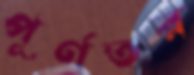
পূর্ণতর